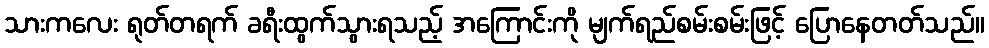
သားကလေး ရုတ်တရက် ခရီးထွက်သွားရသည့် အကြောင်းကို မျက်ရည်စမ်းစမ်းဖြင့် ပြောနေတတ်သည်။